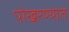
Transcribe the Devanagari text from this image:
पोखरण्यात